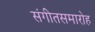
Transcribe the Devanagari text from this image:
संगीतसमारोह